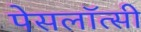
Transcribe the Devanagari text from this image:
पेसलॉत्सी